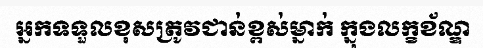
អ្នកទទួលខុសត្រូវជាន់ខ្ពស់ម្នាក់ ក្នុងលក្ខខ័ណ្ឌ